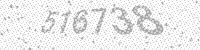
Solution: 516738